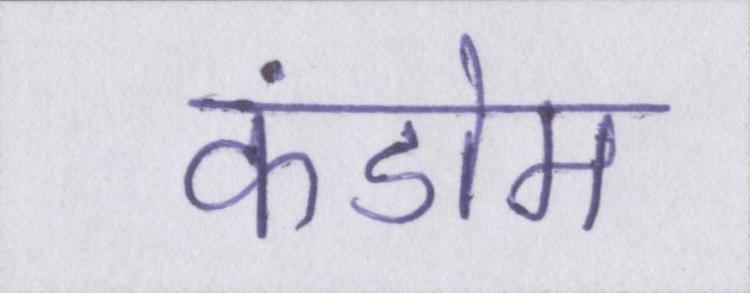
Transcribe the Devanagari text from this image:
कंडोम